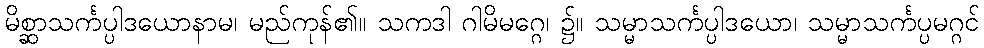
မိစ္ဆာသင်္ကပ္ပါဒယောနာမ၊ မည်ကုန်၏။ သကဒါ ဂါမိမဂ္ဂေ၊ ၌။ သမ္မာသင်္ကပ္ပါဒယော၊ သမ္မာသင်္ကပ္ပမဂ္ဂင်